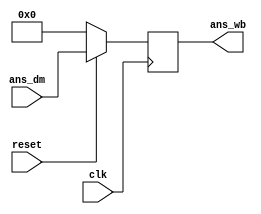
`timescale 1ns / 1ps
//////////////////////////////////////////////////////////////////////////////////
// Company: 
// Engineer: 
// 
// Design Name: 
// Module Name:    write_back 
// Project Name: 
// Target Devices: 
// Tool versions: 
// Description: 
//
// Dependencies: 
//
// Revision: 
// Revision 0.01 - File Created
// Additional Comments: 
//
//////////////////////////////////////////////////////////////////////////////////
module write_back(
    input [15:0] ans_dm,
    input clk,
    input reset,
    output reg [15:0] ans_wb
    );
	
	//Using posedge of clock to assign value ans_dm to ans_wb 
	//It will create a delay of one clock cycle to assign the values
	
	always@(posedge clk)
	begin
		if(reset==1'b1)
		begin
			ans_wb=ans_dm;
		end
		else
		begin
			ans_wb=16'b0;
		end
	end
endmodule